Lyperosia minuta, Bezzi - Number 59
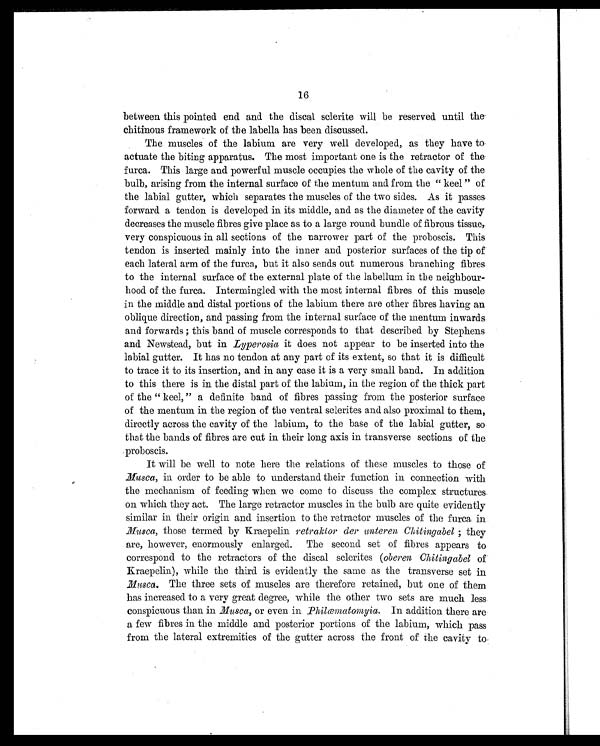
16
between this pointed end and the discal sclerite will be reserved until the
chitinous framework of the labella has been discussed.
The muscles of the labium are very well developed, as they have to
actuate the biting apparatus. The most important one is the retractor of the
f u r c a . T h i s l a r g e a n d p o w e r f u l m u s c l e o c c u p i e s t h e w h o l e o f t h e c a v i t y o f t h e
bulb, arising from the internal surface of the mentum and from the " keel " of
the labial gutter, which separates the muscles of the two sides. As it passes
forward a tendon is developed in its middle, and as the diameter of the cavity
d e c r e a s e s t h e mu s c l e f i b r e s g i v e p l a c e a s t o a l a r g e r o u n d b u n d l e o f f i b r o u s t i s s u e ,
very conspicuous in all sections of the narrower part of the proboscis. This
tendon is inserted mainly into the inner and posterior surfaces of the tip of
each lateral arm of the furca, but it also sends out numerous branching fibres.
to the internal surface of the external plate of the labellum in thee neighbour
- h o o d o f t h e f u r c a . I n t e r m i n g l e d w i t h t h e m o s t i n t e r n a l f i b r e s o f t h i s m u s c l e
in the middle and distal portions of the labium there are other fibres having an
oblique direction, and passing from the internal surface of the mentum inwards
and forwards ; this band of muscle corresponds to that described by Stephens
and Newstead, but in Lypevosia it does not appear to be inserted into the
labial gutter. It has no tendon at any part of its extent, so that it is difficult
to trace it to its insertion, and in any case it is a very small band. In addition
to this there is in the distal part of the labium, in the region of the thick part
of the " keel, " a definite band of fibres passing from the posterior surface
of the mentum in the region of the ventral sclerites and also proximal to them,
directly across the cavity of the labium, to the base of the labial gutter, so
that the bands of fibres are cut in their long axis in transverse sections of the
proboscis.
It will be well to note here the relations of these muscles to those of
M u s c a
, i n o r d e r t o b e a b l e t o u n d e r s t a n d t h e i r f u n c t i o n i n c o n n e c t i o n w i t h
the mechanism of feeding when we come to discuss the complex structures
on which they act. The large retractor muscles in the bulb are quite evidently
similar in their origin and insertion to the retractor muscles of the furca in
M u s c a
, t h o s e t e r m e d b y K r a e p e l i nr
e t r a k l o r
d e r u n t e r e n C h i t i n g a b e l;
t h e y
are, however, enormously enlarged. The second set of fibres appears to
correspond to the retractors of the discal sclerites ( oberen Chi ti ngabel o f
Kraepelin), while the third is evidently the same as the transverse set in
M s c a
. T h e t h r e e s e t s o f m u s c l e s a r e t h e r e f o r e r e t a i n e d , b u t o n e o f t h e m
has increased to a very great degree, while the other two sets are much less
conspicuous than in Musca, or even in Ph i l œma t o my i a. I n a d d i t i o n t h e r e a r e
a few fibres in the middle and posterior portions of the labium, which pass
from the lateral extremities of the gutter across the front of the cavity to.